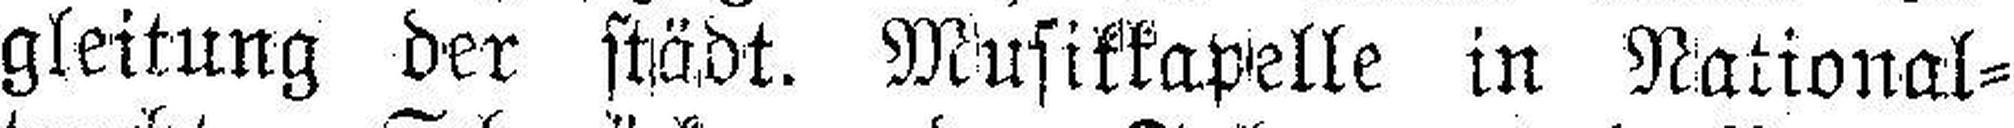
gleitung der städt. Musikkapelle in National¬